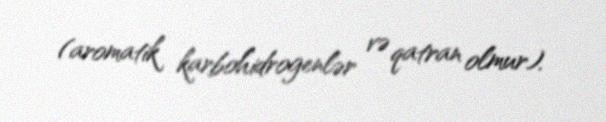
(aromatik karbohidrogenlər və qatran olmur).